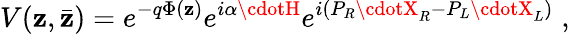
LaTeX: V(\mathbf{z},\bar{{\mathbf{z}}})=e^{-q\Phi(\mathbf{z})}e^{i\alpha\cdotH}e^{i(P_{R}\cdotX_{R}-P_{L}\cdotX_{L})}\; ,